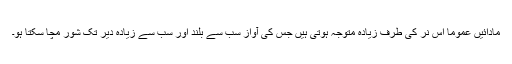
مادائیں عموماً اس نر کی طرف زیادہ متوجہ ہوتی ہیں جس کی آواز سب سے بلند اور سب سے زیادہ دیر تک شور مچا سکتا ہو۔